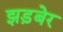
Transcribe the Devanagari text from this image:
झड़बेर